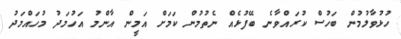
ހުޅުވާލުމުން ބަހުސް ކުރައްވާނެ ބޭފުޅެއް ނެތުމުން ކަމަށް އަމީން އާންމު އަހުމަދު މުހައްމަދު